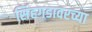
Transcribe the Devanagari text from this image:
सिंहगडावरच्या